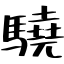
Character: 驍